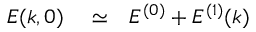
\begin{array} { r l r } { E ( k , 0 ) } & { { } \simeq } & { E ^ { ( 0 ) } + E ^ { ( 1 ) } ( k ) } \end{array}